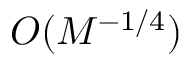
O ( M ^ { - 1 / 4 } )